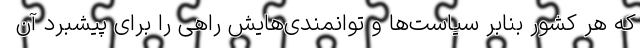
که هر کشور بنابر سیاست‌ها و توانمندی‌هایش راهی را برای پیشبرد آن